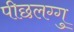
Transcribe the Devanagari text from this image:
पीछलग्गु